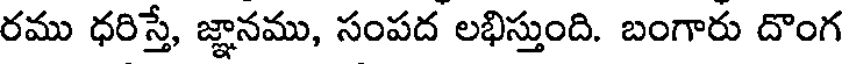
రము ధరిస్తే, జ్ఞానము, సంపద లభిస్తుంది. బంగారు దొంగ